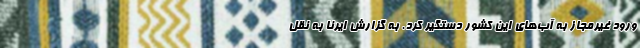
ورود غیرمجاز به آب‌های این کشور دستگیر کرد. به گزارش ایرنا به نقل